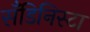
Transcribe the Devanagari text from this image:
सँडिनिस्टा